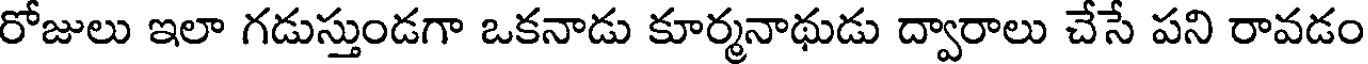
రోజులు ఇలా గడుస్తుండగా ఒకనాడు కూర్మనాథుడు ద్వారాలు చేసే పని రావడం